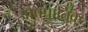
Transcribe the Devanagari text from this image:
औपपातिक